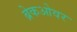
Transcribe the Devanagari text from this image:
ब्रेकओवर